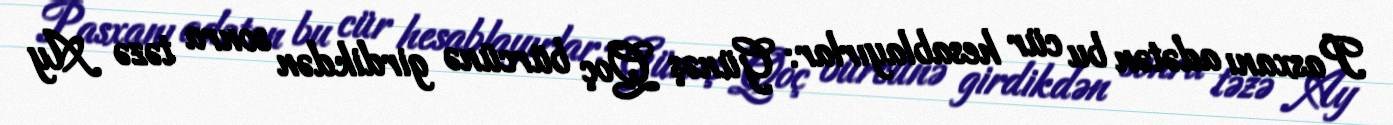
Pasxanı adətən bu cür hesablayırlar: Günəş Qoç bürcünə girdikdən sonra təzə Ay